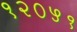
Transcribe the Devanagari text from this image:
१२०५१